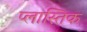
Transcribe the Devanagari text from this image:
प्लास्तिक